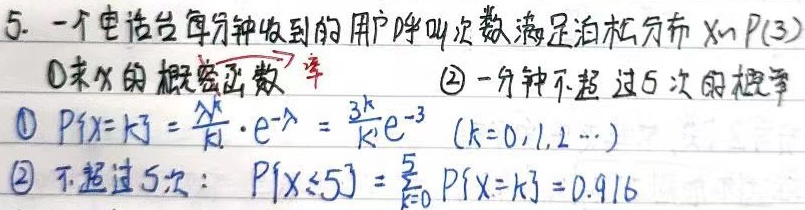
5. 一个电话台每分钟收到的用户呼叫次数满足泊松分布 \(X\sim P(3)\)。
\textcircled{1} 求 \(X\) 的概率函数：
\(P\{X = k\}=\frac{\lambda^{k}}{k!}\cdot e^{-\lambda}=\frac{3^{k}}{k!}e^{-3}\ (k = 0,1,2,\cdots)\)
\textcircled{2} 一分钟不超过 5 次的概率：
不超过 5 次：\(P\{X\leqslant5\}=\sum_{k = 0}^{5}P\{X = k\}=0.916\)